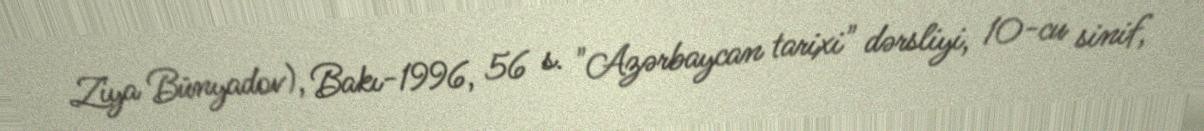
Ziya Bünyadov), Bakı-1996, 56 s. "Azərbaycan tarixi" dərsliyi, 10-cu sinif,